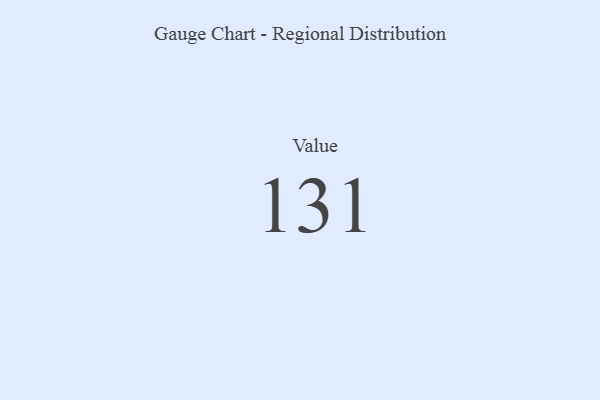
{"axis": {"x": "Metric", "y": "Value"}, "legend": [""], "data": [{"x": "Value", "y": 131, "type": ""}]}